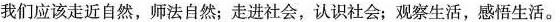
我们应该走近自然，师法自然；走进社会，认识社会；观察生活，感悟生活。